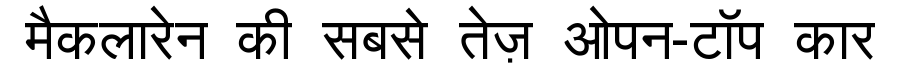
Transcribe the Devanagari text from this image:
मैकलारेन की सबसे तेज़ ओपन-टॉप कार